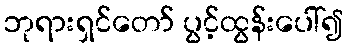
ဘုရားရှင်တော် ပွင့်ထွန်းပေါ်၍